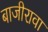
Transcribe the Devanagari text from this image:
बाजीरावा